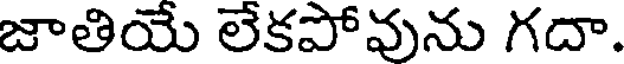
జాతియే లేకపోవును గదా.